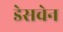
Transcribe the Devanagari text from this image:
डेसचेन